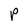
Character: P